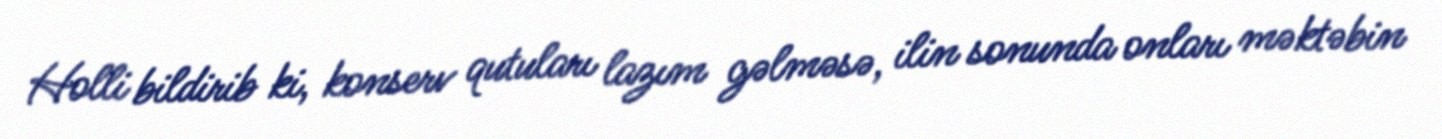
Holli bildirib ki, konserv qutuları lazım gəlməsə, ilin sonunda onları məktəbin